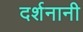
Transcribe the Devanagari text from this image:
दर्शनानी